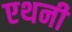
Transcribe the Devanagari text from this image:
एथनी